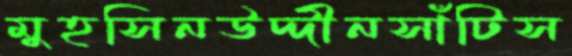
মুহসিনউদ্দীনসাঁটিস